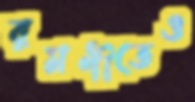
রমণীতেও